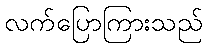
လက်ပြောကြားသည်